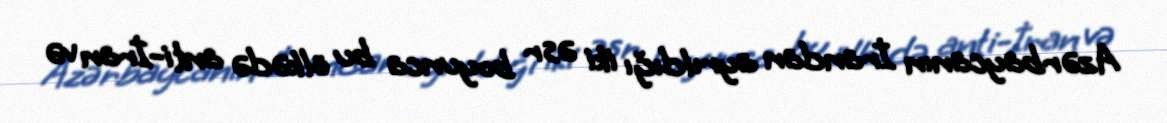
Azərbaycanın İrandan ayrıldığı iki əsr boyunca bu ölkədə anti-İran və